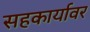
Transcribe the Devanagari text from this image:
सहकार्यावर